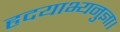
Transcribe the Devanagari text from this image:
हृदयाभ्यनुज्ञा।